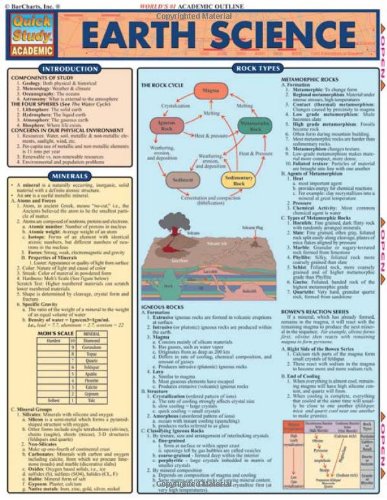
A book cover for Earth Science (Quickstudy: Academic); Inc. BarCharts; Science & Math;